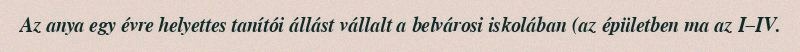
Az anya egy évre helyettes tanítói állást vállalt a belvárosi iskolában (az épületben ma az I–IV.